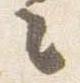
々